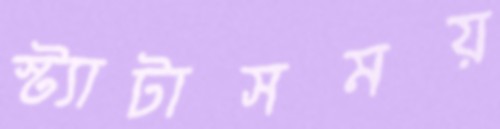
স্ট্যাটাসময়